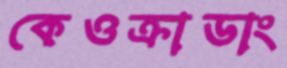
কেওক্রাডাং